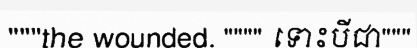
"""the wounded. """" ទោះបីជា"""